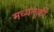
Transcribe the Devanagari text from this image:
मध्यतुर्की